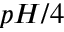
p H / 4